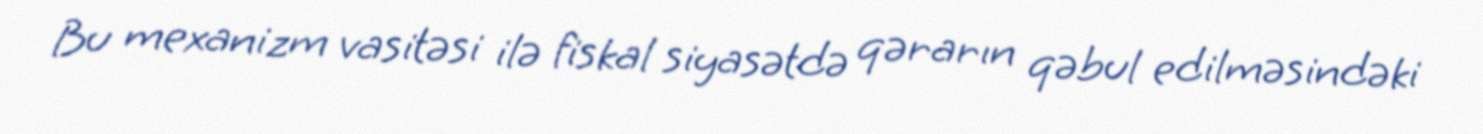
Bu mexanizm vasitəsi ilə fiskal siyasətdə qərarın qəbul edilməsindəki